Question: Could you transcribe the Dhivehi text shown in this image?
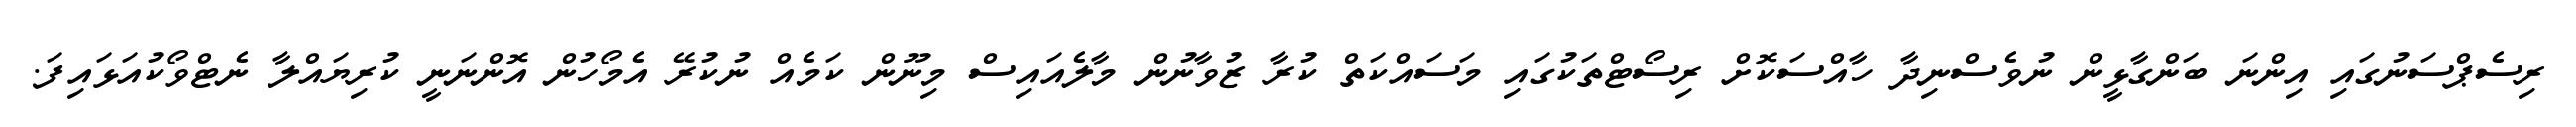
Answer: ރިސެޕްސަނުގައި އިންނަ ބަންގާޅީން ނުވެސްނިދާ ހާއްސަކޮށް ރިސޯޓްތަކުގައި މަސައްކަތް ކުރާ ޒުވާނުން މާލެއައިސް މިނޫން ކަމެއް ނުކުރޭ އެމޯހުން އޮންނަނީ ކުރިޔައްލާ ނެޓްވޯކުއަޅައިފަ.